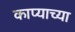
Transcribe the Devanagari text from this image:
काप्याच्या